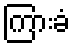
ကြားခံ